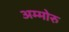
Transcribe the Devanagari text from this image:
अम्मोरु